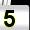
Digit: 5